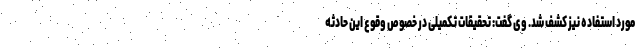
مورد استفاده نیز کشف شد. وی گفت: تحقیقات تکمیلی در خصوص وقوع این حادثه